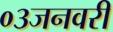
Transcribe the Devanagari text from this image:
०३जनवरी